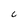
Character: C